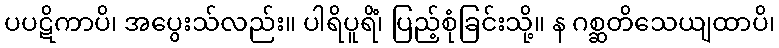
ပပဋိကာပိ၊ အပွေးသ်လည်း။ ပါရိပူရိံ၊ ပြည့်စုံခြင်းသို့။ န ဂစ္ဆတိသေယျထာပိ၊